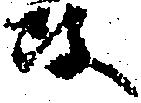
政